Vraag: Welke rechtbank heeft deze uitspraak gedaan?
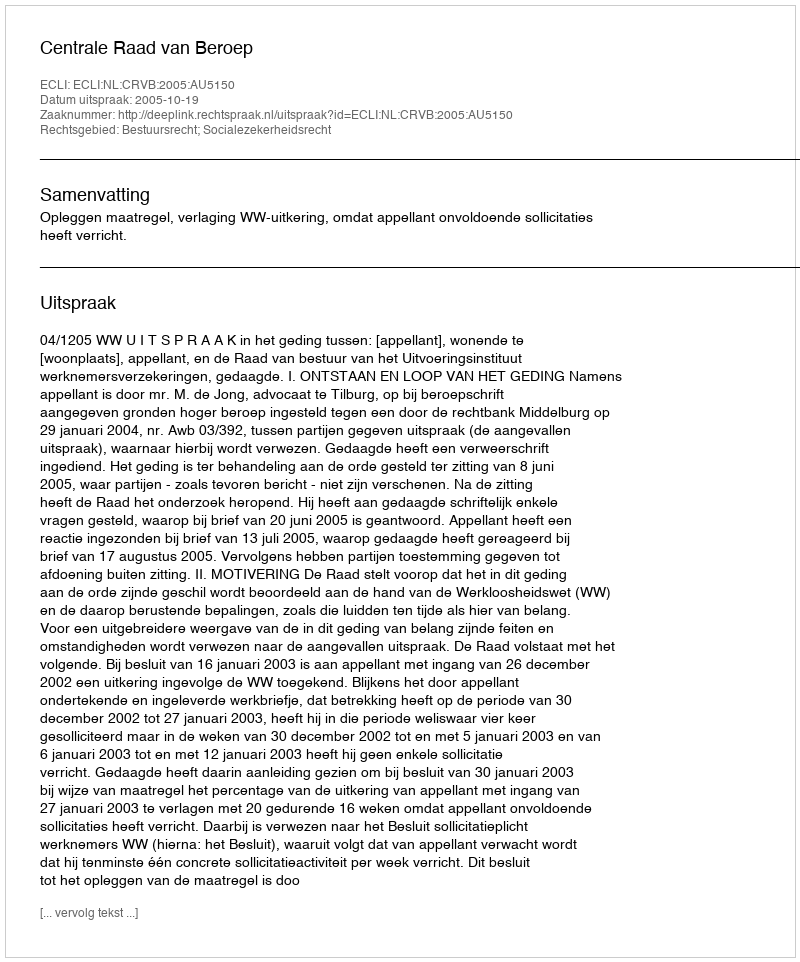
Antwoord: Centrale Raad van Beroep